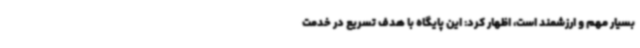
بسیار مهم و ارزشمند است، اظهار کرد: این پایگاه با هدف تسریع در خدمت